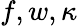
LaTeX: f,w,\kappa